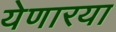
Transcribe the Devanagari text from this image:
येणारया